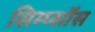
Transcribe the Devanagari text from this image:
सिम्प्सोंस